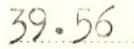
39.56